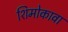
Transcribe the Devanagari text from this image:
शिमोकावा